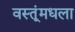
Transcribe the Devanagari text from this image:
वस्तूंमधला